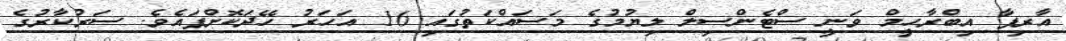
އާރިފާ އިބްރާހީމް ވަނީ ސްޓެންސިލް ލިޔުމުގެ މަސައްކަތުގައި 16 އަހަރު ހޭދަކޮށްފައެވެ. ސަރުކާރުގެ